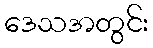
ဒေသအတွင်း